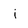
Character: i